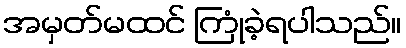
အမှတ်မထင် ကြုံခဲ့ရပါသည်။